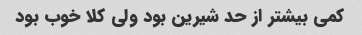
کمی بیشتر از حد شیرین بود ولی کلا خوب بود